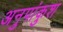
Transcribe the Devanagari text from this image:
अनुपांकुश